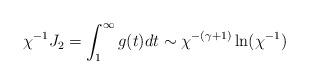
LaTeX: \begin{align*} \chi^{-1} J_2 = \int_1^\infty g(t)dt \sim\chi^{-(\gamma+1)}\ln(\chi^{-1})\end{align*}